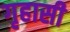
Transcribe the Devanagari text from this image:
गृहासी